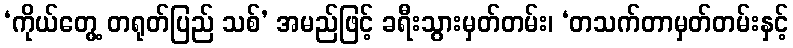
‘ကိုယ်တွေ့ တရုတ်ပြည် သစ်’ အမည်ဖြင့် ခရီးသွားမှတ်တမ်း၊ ‘တသက်တာမှတ်တမ်းနှင့်